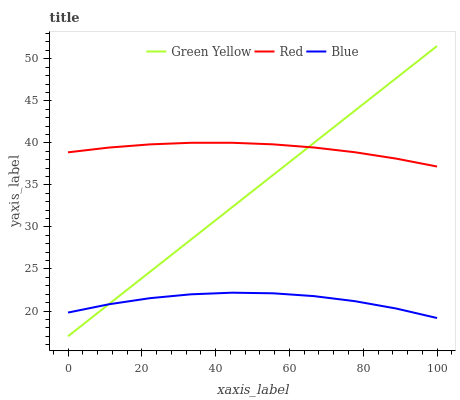
| xaxis_label | Green Yellow | Red | Blue |
 | --- | --- | --- | --- |
 | 0 | 17 | 38.9 | 19.8 |
 | 11.1 | 20.8 | 39.4 | 20.8 |
 | 22.2 | 24.7 | 39.8 | 21.5 |
 | 33.3 | 28.5 | 40 | 22 |
 | 44.4 | 32.3 | 40 | 22.2 |
 | 55.6 | 36.2 | 39.8 | 22.1 |
 | 66.7 | 40 | 39.4 | 21.8 |
 | 77.8 | 43.8 | 38.9 | 21.2 |
 | 88.9 | 47.7 | 38.1 | 20.3 |
 | 100 | 51.5 | 37.2 | 19.2 |